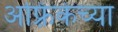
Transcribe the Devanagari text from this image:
अफ़्रिकेच्या